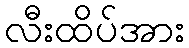
လီးထိပ်အား